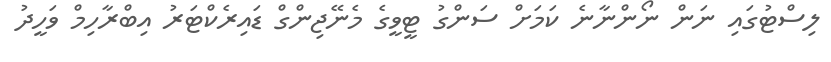
ލިސްޓުގައި ނަން ނޯންނާނެ ކަމަށް ސަންގު ޓީވީގެ މެނޭޖިންގް ޑައިރެކްޓަރު އިބްރާހިމް ވަހީދު